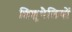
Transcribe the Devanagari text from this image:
शिशुथैलियों